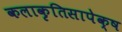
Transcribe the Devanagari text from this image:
कलाकृतिसापेक्ष